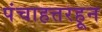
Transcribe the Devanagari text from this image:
पंचाहत्तरहून